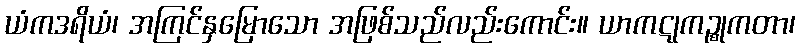
ယံကဒရိယံ၊ အကြင်နှမြောသော အဖြစ်သည်လည်းကောင်း။ ယာကဋုကဉ္စုကတာ၊